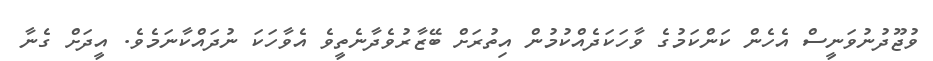
ވުޖޫދުނުވަނީސް އެހެން ކަންކަމުގެ ވާހަކަދެއްކުމުން އިތުރަށް ބޭޒާރުވެދާނެތީވެ އެވާހަކަ ނުދައްކާނަމެވެ. އީދަށް ގެނާ